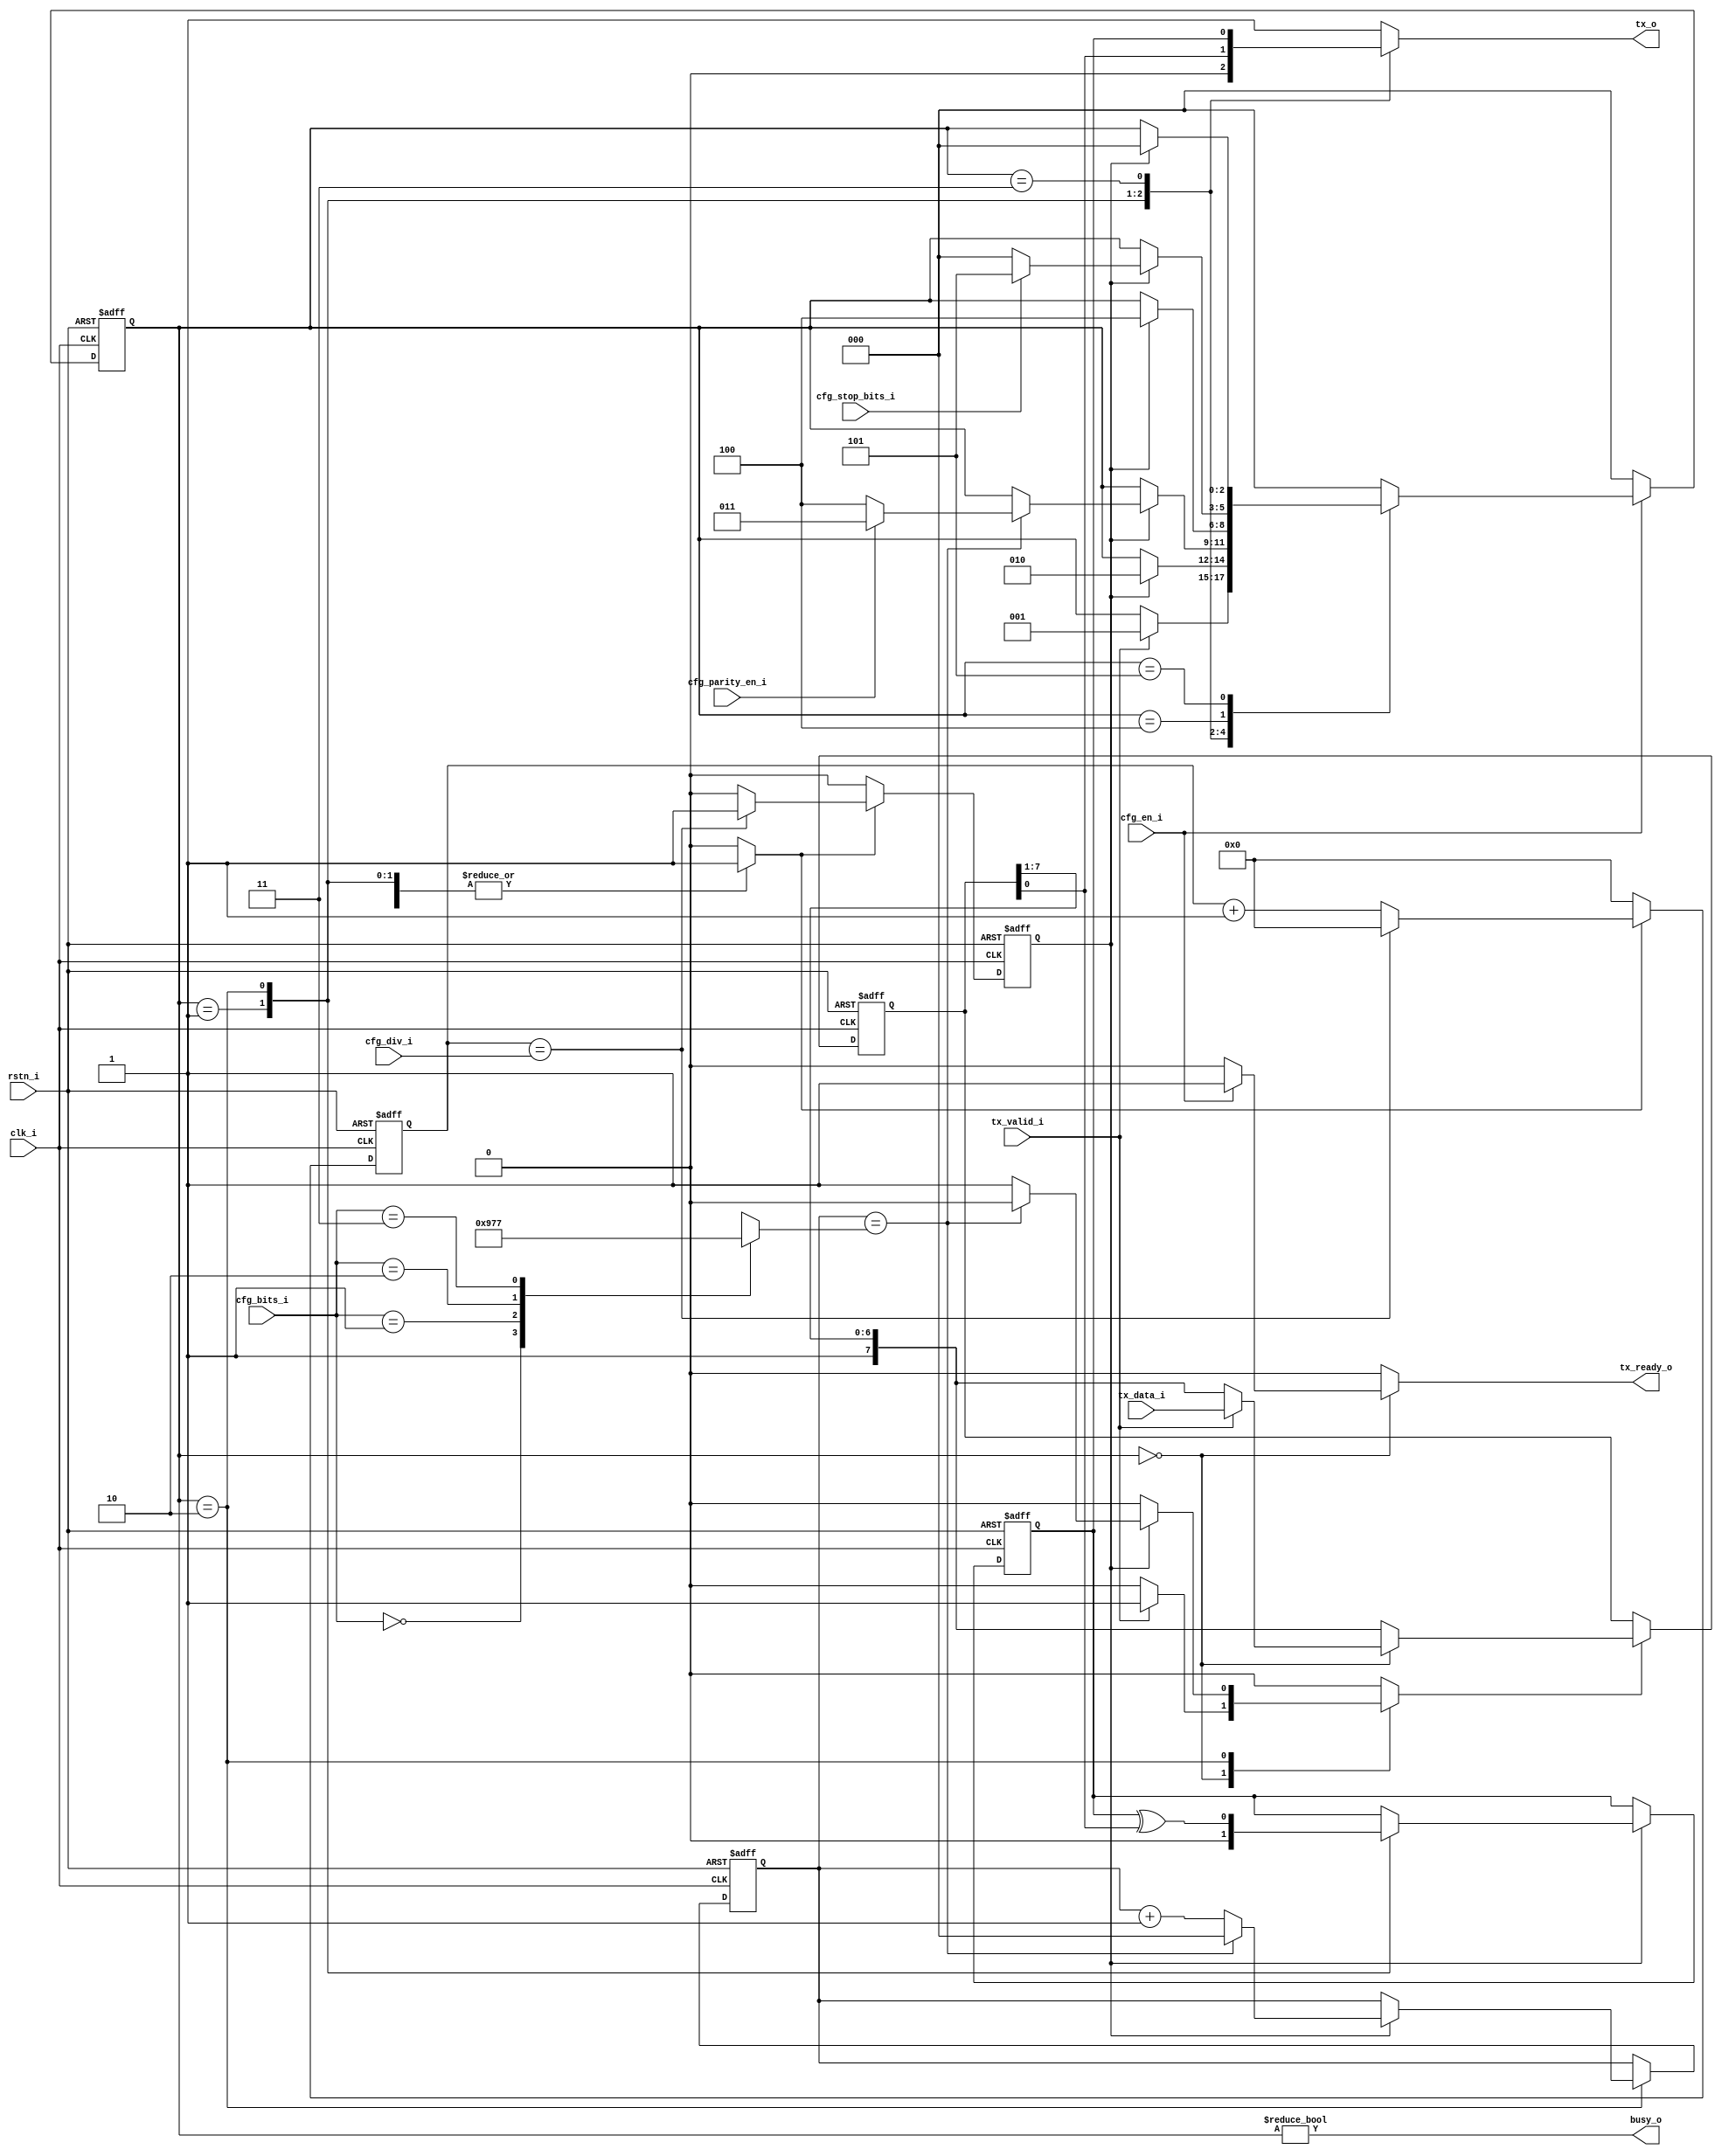
module uart_tx (
	clk_i,
	rstn_i,
	tx_o,
	busy_o,
	cfg_en_i,
	cfg_div_i,
	cfg_parity_en_i,
	cfg_bits_i,
	cfg_stop_bits_i,
	tx_data_i,
	tx_valid_i,
	tx_ready_o
);
	input wire clk_i;
	input wire rstn_i;
	output reg tx_o;
	output wire busy_o;
	input wire cfg_en_i;
	input wire [15:0] cfg_div_i;
	input wire cfg_parity_en_i;
	input wire [1:0] cfg_bits_i;
	input wire cfg_stop_bits_i;
	input wire [7:0] tx_data_i;
	input wire tx_valid_i;
	output reg tx_ready_o;
	reg [2:0] CS;
	reg [2:0] NS;
	reg [7:0] reg_data;
	reg [7:0] reg_data_next;
	reg [2:0] reg_bit_count;
	reg [2:0] reg_bit_count_next;
	reg [2:0] s_target_bits;
	reg parity_bit;
	reg parity_bit_next;
	reg sampleData;
	reg [15:0] baud_cnt;
	reg baudgen_en;
	reg bit_done;
	assign busy_o = CS != 3'd0;
	always @(*)
		case (cfg_bits_i)
			2'b00: s_target_bits = 3'h4;
			2'b01: s_target_bits = 3'h5;
			2'b10: s_target_bits = 3'h6;
			2'b11: s_target_bits = 3'h7;
		endcase
	always @(*) begin
		NS = CS;
		tx_o = 1'b1;
		sampleData = 1'b0;
		reg_bit_count_next = reg_bit_count;
		reg_data_next = {1'b1, reg_data[7:1]};
		tx_ready_o = 1'b0;
		baudgen_en = 1'b0;
		parity_bit_next = parity_bit;
		case (CS)
			3'd0: begin
				if (cfg_en_i)
					tx_ready_o = 1'b1;
				if (tx_valid_i) begin
					NS = 3'd1;
					sampleData = 1'b1;
					reg_data_next = tx_data_i;
				end
			end
			3'd1: begin
				tx_o = 1'b0;
				parity_bit_next = 1'b0;
				baudgen_en = 1'b1;
				if (bit_done)
					NS = 3'd2;
			end
			3'd2: begin
				tx_o = reg_data[0];
				baudgen_en = 1'b1;
				parity_bit_next = parity_bit ^ reg_data[0];
				if (bit_done)
					if (reg_bit_count == s_target_bits) begin
						reg_bit_count_next = 'h0;
						if (cfg_parity_en_i)
							NS = 3'd3;
						else
							NS = 3'd4;
					end
					else begin
						reg_bit_count_next = reg_bit_count + 1;
						sampleData = 1'b1;
					end
			end
			3'd3: begin
				tx_o = parity_bit;
				baudgen_en = 1'b1;
				if (bit_done)
					NS = 3'd4;
			end
			3'd4: begin
				tx_o = 1'b1;
				baudgen_en = 1'b1;
				if (bit_done)
					if (cfg_stop_bits_i)
						NS = 3'd5;
					else
						NS = 3'd0;
			end
			3'd5: begin
				tx_o = 1'b1;
				baudgen_en = 1'b1;
				if (bit_done)
					NS = 3'd0;
			end
			default: NS = 3'd0;
		endcase
	end
	always @(posedge clk_i or negedge rstn_i)
		if (rstn_i == 1'b0) begin
			CS <= 3'd0;
			reg_data <= 8'hff;
			reg_bit_count <= 'h0;
			parity_bit <= 1'b0;
		end
		else begin
			if (bit_done)
				parity_bit <= parity_bit_next;
			if (sampleData)
				reg_data <= reg_data_next;
			reg_bit_count <= reg_bit_count_next;
			if (cfg_en_i)
				CS <= NS;
			else
				CS <= 3'd0;
		end
	always @(posedge clk_i or negedge rstn_i)
		if (rstn_i == 1'b0) begin
			baud_cnt <= 'h0;
			bit_done <= 1'b0;
		end
		else if (baudgen_en) begin
			if (baud_cnt == cfg_div_i) begin
				baud_cnt <= 'h0;
				bit_done <= 1'b1;
			end
			else begin
				baud_cnt <= baud_cnt + 1;
				bit_done <= 1'b0;
			end
		end
		else begin
			baud_cnt <= 'h0;
			bit_done <= 1'b0;
		end
endmodule